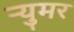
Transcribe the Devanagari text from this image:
र्‍युमर